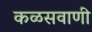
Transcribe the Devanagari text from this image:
कळसवाणी